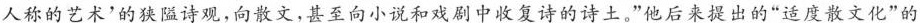
人称的艺术'的狭隘诗观，向散文，甚至向小说和戏剧中收复诗的诗土，”他后来提出的”适度散文化”的